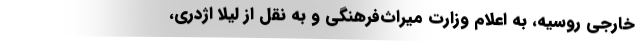
خارجی روسیه، به اعلام وزارت میراث‌فرهنگی و به نقل از لیلا اژدری،